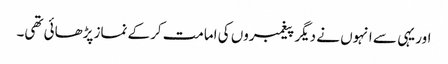
اور یہی سے انہوں نے دیگر پیغمبروں کی امامت کرکے نماز پڑھائی تھی۔